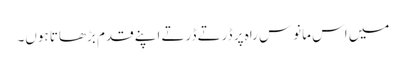
میں اس مانوس راہ پر ڈرتے ڈرتے اپنے قدم بڑھاتا ہوں۔